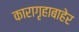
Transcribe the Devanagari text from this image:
कारागृहाबाहेर